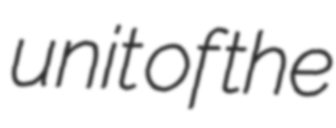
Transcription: unit of the